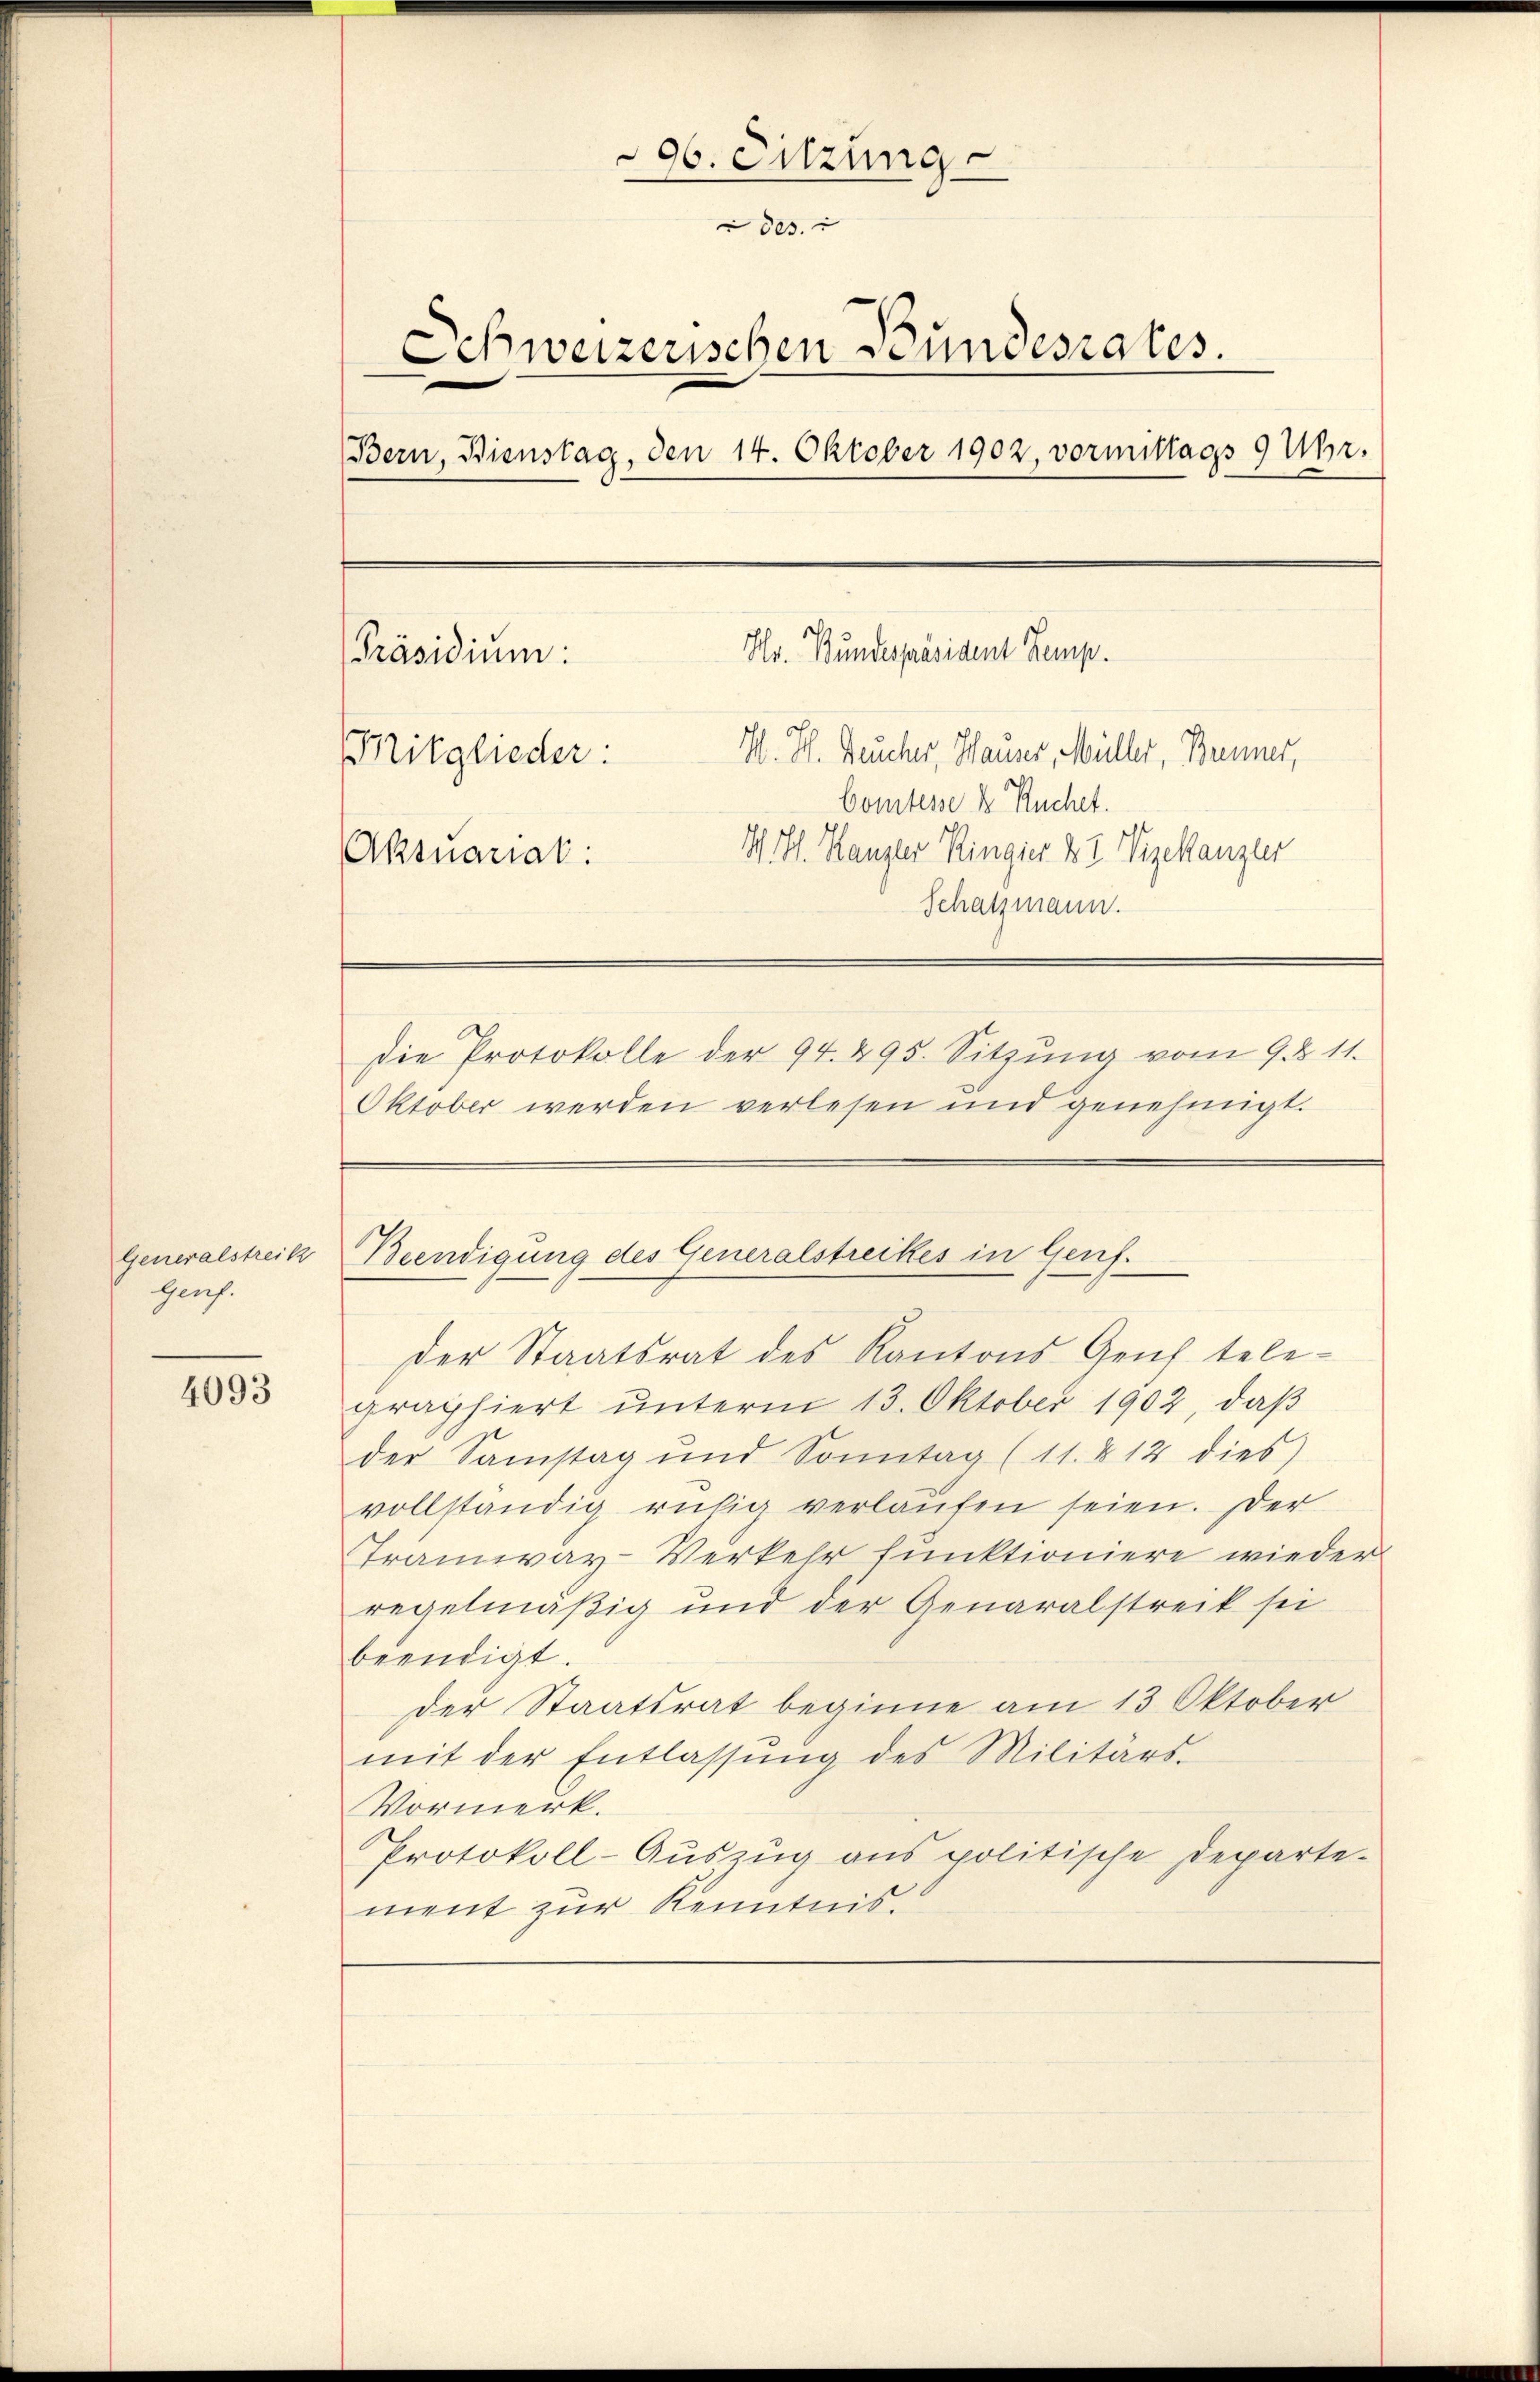
Generalstreik
Genf.

4093

296. Sitzung
des.
Schweizerischen Bundesrates.
Bern, Bienstag, den 14. Oktober 1902. vormittags 9 Uhr.
Hr. Bundespräsident Kemp
Präsidium:
H. H. Heucher, Hauser, Müller, Brenner,
Mitglieder:
Comtesse k. Ruchet.
Aktuariat: I. Kl. Kanzler Ringier & 2. Vizekanzler
Schatzmann.
Die Protokolle der 94. 495. Sitzŭng vom 9. d. 11.
Oktober werden verlesen und genehmigt.

Beendigung des Generalstreckes in Genf.

der Staatsrat des Kantons Geich tele-
graphiert unterm 13. Oktober 1902, daß
der Samstag und Sonntag (11. 812 dies
vollständig ruhig verlaŭfen seien. Der
Tramway-Verkehr funktioniere wieder
regelmäßig und der Generalstreck sei
beendigt.
der Staatsrat beginne am 13 Oktober
mit der Entlassŭng des Militärs.
Vormerk.
Protokoll-Aŭszŭg ans politische Departe-
ment zur Kenntnis.